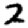
Digit: 2